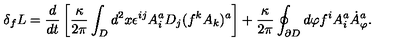
\delta _ { f } L = \frac { d } { d t } \left[ \frac { \kappa } { 2 \pi } \int _ { D } d ^ { 2 } x \epsilon ^ { i j } A _ { i } ^ { a } D _ { j } ( f ^ { k } A _ { k } ) ^ { a } \right] + \frac { \kappa } { 2 \pi } \oint _ { \partial { D } } d \varphi f ^ { i } A _ { i } ^ { a } { \dot { A } } _ { \varphi } ^ { a } .